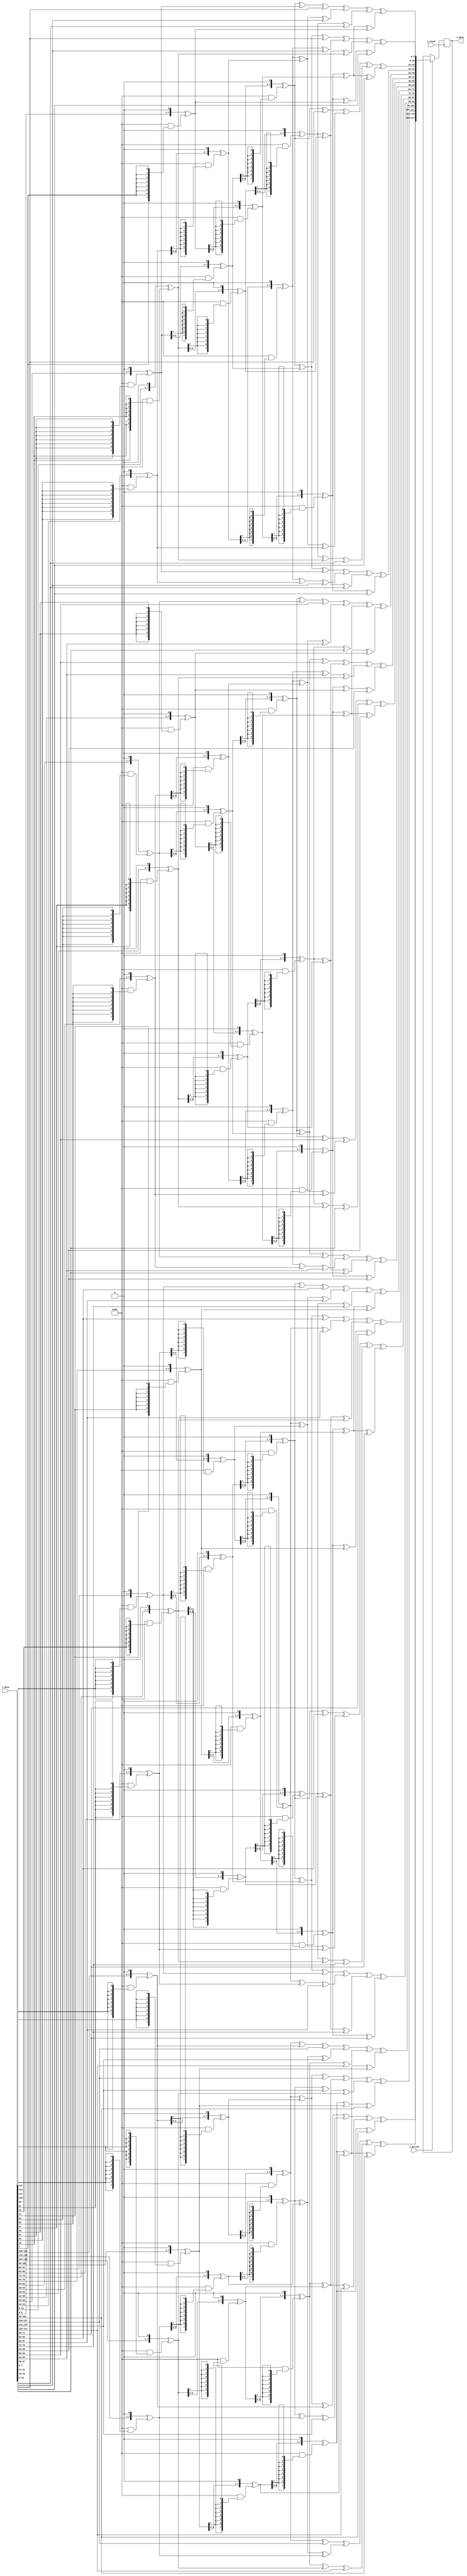
module InvMixColumns(
	input i_clock,
	input [0:127] i_data,
	input i_active,
	output [0:127] o_data
);

reg [0:127] r_data;
// reg [0:7] r_state [0:15];

function [7 : 0] gm2(input [7 : 0] op);
begin
  gm2 = {op[6 : 0], 1'b0} ^ (8'h1b & {8{op[7]}});
end
endfunction // gm2

function [7 : 0] gm3(input [7 : 0] op);
begin
  gm3 = gm2(op) ^ op;
end
endfunction // gm3

function [7 : 0] gm4(input [7 : 0] op);
  begin
    gm4 = gm2(gm2(op));
  end
endfunction // gm4

function [7 : 0] gm8(input [7 : 0] op);
begin
  gm8 = gm2(gm4(op));
end
endfunction // gm8

function [7 : 0] gm09(input [7 : 0] op);
  begin
    gm09 = gm8(op) ^ op;
  end
endfunction // gm09

function [7 : 0] gm11(input [7 : 0] op);
  begin
    gm11 = gm8(op) ^ gm2(op) ^ op;
  end
endfunction // gm11

function [7 : 0] gm13(input [7 : 0] op);
  begin
    gm13 = gm8(op) ^ gm4(op) ^ op;
  end
endfunction // gm13

function [7 : 0] gm14(input [7 : 0] op);
  begin
    gm14 = gm8(op) ^ gm4(op) ^ gm2(op);
  end
endfunction // gm14

function [31:0] inv_mixw(input [31:0] w);
reg [7:0] b0, b1, b2, b3;
reg [7:0] mb0, mb1, mb2, mb3;
begin
  b0 = w[31:24];
  b1 = w[23:16];
  b2 = w[15:08];
  b3 = w[07:00];

  mb0 = gm14(b0) ^ gm11(b1) ^ gm13(b2) ^ gm09(b3);
  mb1 = gm09(b0) ^ gm14(b1) ^ gm11(b2) ^ gm13(b3);
  mb2 = gm13(b0) ^ gm09(b1) ^ gm14(b2) ^ gm11(b3);
  mb3 = gm11(b0) ^ gm13(b1) ^ gm09(b2) ^ gm14(b3);

  inv_mixw = {mb0, mb1, mb2, mb3};
end
endfunction // inv_mixw

function [127:0] inv_mixcolumns(input [127:0] data);
reg [31:0] w0, w1, w2, w3;
reg [31:0] ws0, ws1, ws2, ws3;
begin
  w0 = data[127:096];
  w1 = data[095:064];
  w2 = data[063:032];
  w3 = data[031:000];

  ws0 = inv_mixw(w0);
  ws1 = inv_mixw(w1);
  ws2 = inv_mixw(w2);
  ws3 = inv_mixw(w3);

  inv_mixcolumns = {ws0, ws1, ws2, ws3};
end
endfunction // inv_mixcolumns

always @(negedge i_clock) begin
	if (i_active) begin
		r_data <= inv_mixcolumns(i_data);
	end
end

assign o_data = r_data;

endmodule